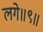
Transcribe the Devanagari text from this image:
लगे॥९॥